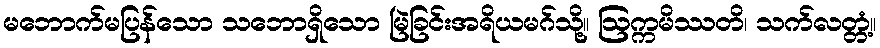
မဘောက်မပြန်သော သဘောရှိသော မြဲခြင်းအရိယမဂ်သို့။ ဩက္ကမိဿတိ၊ သက်လတ္တံ့။